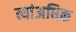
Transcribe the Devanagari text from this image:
त्यांअधिक